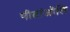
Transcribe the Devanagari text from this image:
गीतांजोलि